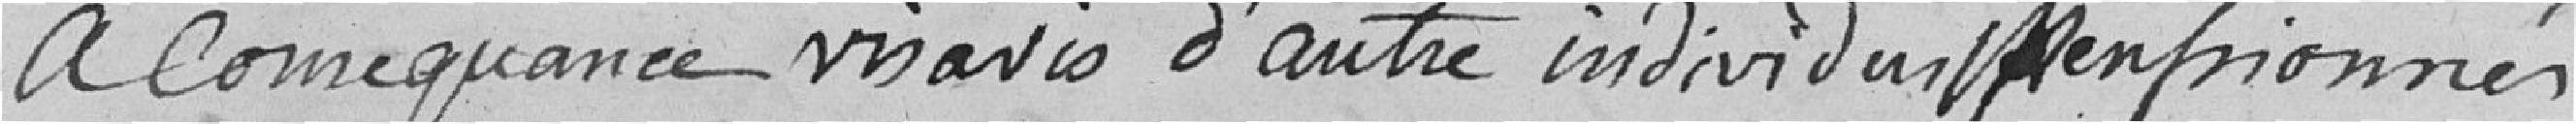
à conséquence vis à vis d'autre individu pensionnés